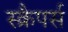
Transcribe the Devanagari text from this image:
स्क्रैपर्स